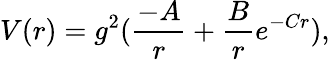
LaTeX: V(r)=g^{2}({\frac{-A}{r}}+{\frac{B}{r}}e^{-Cr}),